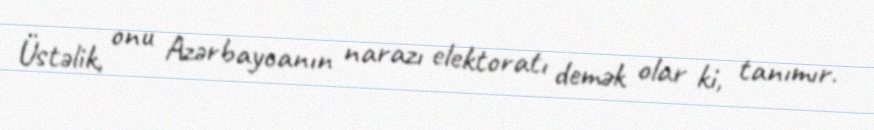
Üstəlik, onu Azərbaycanın narazı elektoratı demək olar ki, tanımır.